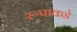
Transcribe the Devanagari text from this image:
रूपाकडे